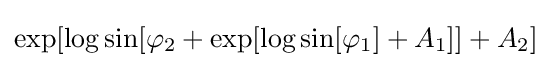
\exp[\log \sin[\varphi _{2}+\exp[\log \sin[\varphi _{1}]+A_{1}]]+A_{2}]